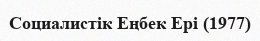
Социалистік Еңбек Ері (1977)